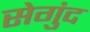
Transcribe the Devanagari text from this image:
सेगुंद